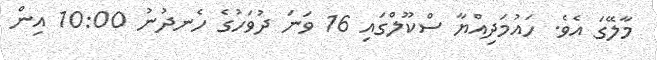
މާލޭގަ އެވެ. ހައުމަދިއްޔާ ސްކޫލްގައި 16 ވަނަ ދުވަހުގެ ހެނދުނު 10:00 އިން